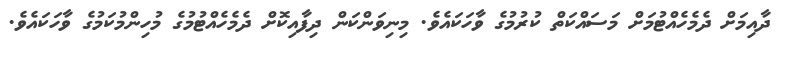
ދާއިމަށް ދެމެހެއްޓުމަށް މަސައްކަތް ކުރުމުގެ ވާހަކައެވެ. މިނިވަންކަން ދިފާއިކޮށް ދެމެހެއްޓުމުގެ މުހިންމުކަމުގެ ވާހަކައެވެ.